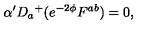
\alpha ^ { \prime } D _ { a } { } ^ { + } ( e ^ { - 2 \phi } F ^ { a b } ) = 0 ,